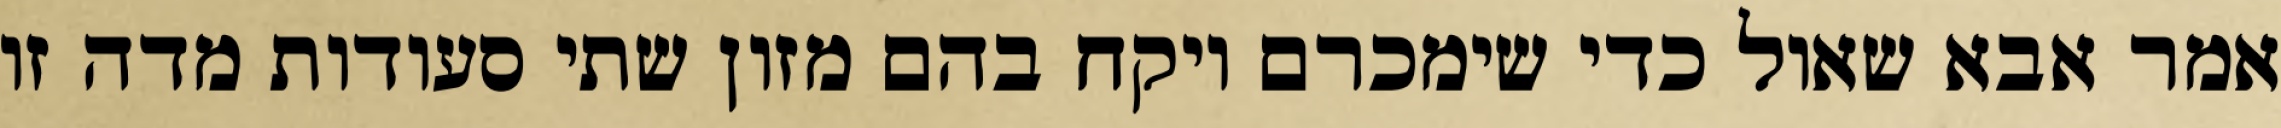
אמר אבא שאול כדי שימכרם ויקח בהם מזון שתי סעודות מדה זו